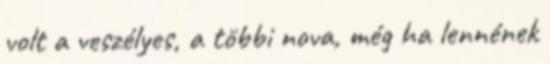
volt a veszélyes, a többi nova, még ha lennének